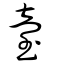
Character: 䑓